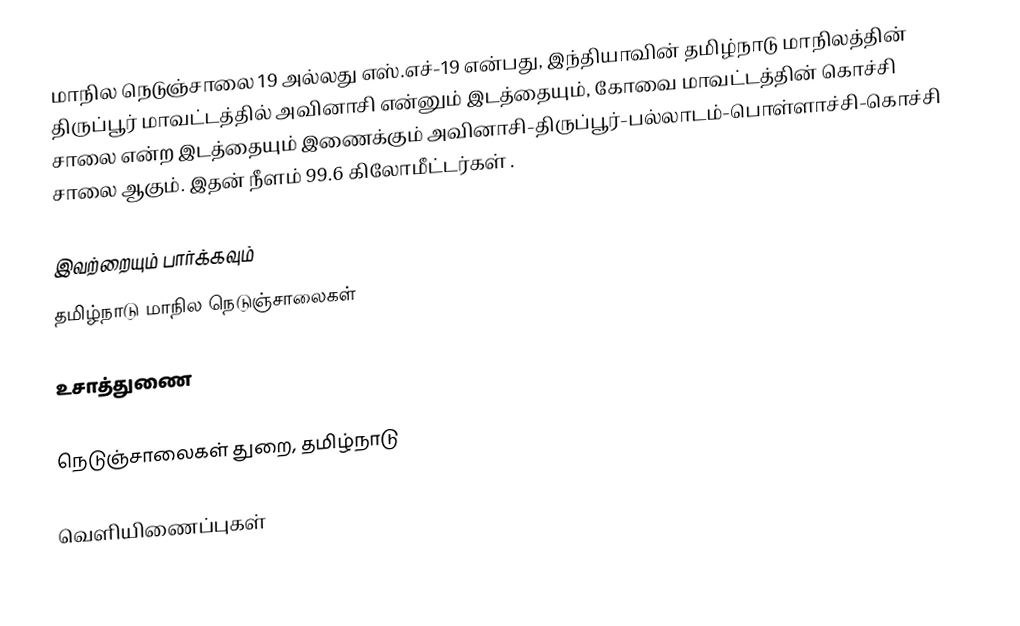
மாநில நெடுஞ்சாலை 19 அல்லது எஸ்.எச்-19 என்பது, இந்தியாவின் தமிழ்நாடு மாநிலத்தின் திருப்பூர் மாவட்டத்தில் அவினாசி என்னும் இடத்தையும், கோவை மாவட்டத்தின் கொச்சி சாலை என்ற இடத்தையும் இணைக்கும் அவினாசி-திருப்பூர்-பல்லாடம்-பொள்ளாச்சி-கொச்சி சாலை ஆகும். இதன் நீளம் 99.6  கிலோமீட்டர்கள் .

இவற்றையும் பார்க்கவும்
 தமிழ்நாடு மாநில நெடுஞ்சாலைகள்

உசாத்துணை

 நெடுஞ்சாலைகள் துறை, தமிழ்நாடு

வெளியிணைப்புகள்